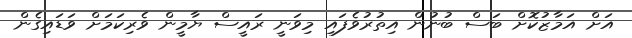
އަށް އަމާޒުކޮށް ބަސް ބުނުން އިތުރުވެފައި މިވަނީ ރައީސް ޔާމީން ވެެރިކަމަށް ވަޑައިގެން